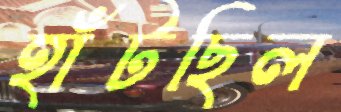
হাঁটছিল